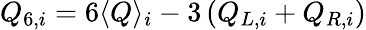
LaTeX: Q_{6,i}=6\langle Q\rangle_{i}-3\left(Q_{L,i}+Q_{R,i}\right)